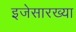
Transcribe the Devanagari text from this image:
इजेसारख्या